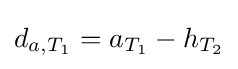
d_{a,T_{1}}=a_{T_{1}}-h_{T_{2}}